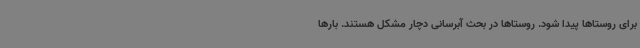
برای روستاها پیدا شود. روستاها در بحث آبرسانی دچار مشکل هستند. بارها